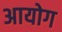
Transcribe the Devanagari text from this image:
अायोग